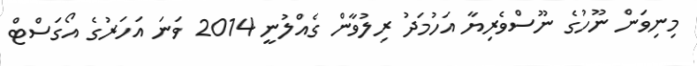
މިނިވަން ނޫހުގެ ނޫސްވެރިޔާ އަހުމަދު ރިލުވާން ގެއްލުނީ 2014 ވަނަ އަހަރުގެ އޯގަސްޓް